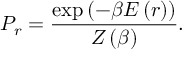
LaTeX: P _ { r } = { \frac { \exp \left( - \beta E \left( r \right) \right) } { Z \left( \beta \right) } } .